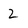
Character: Z